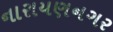
નારાયણનગર